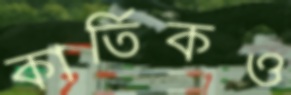
কার্তিকও